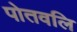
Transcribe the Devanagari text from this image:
पोतवलि